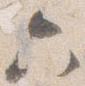
六